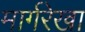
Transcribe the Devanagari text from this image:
मार्गरेखा